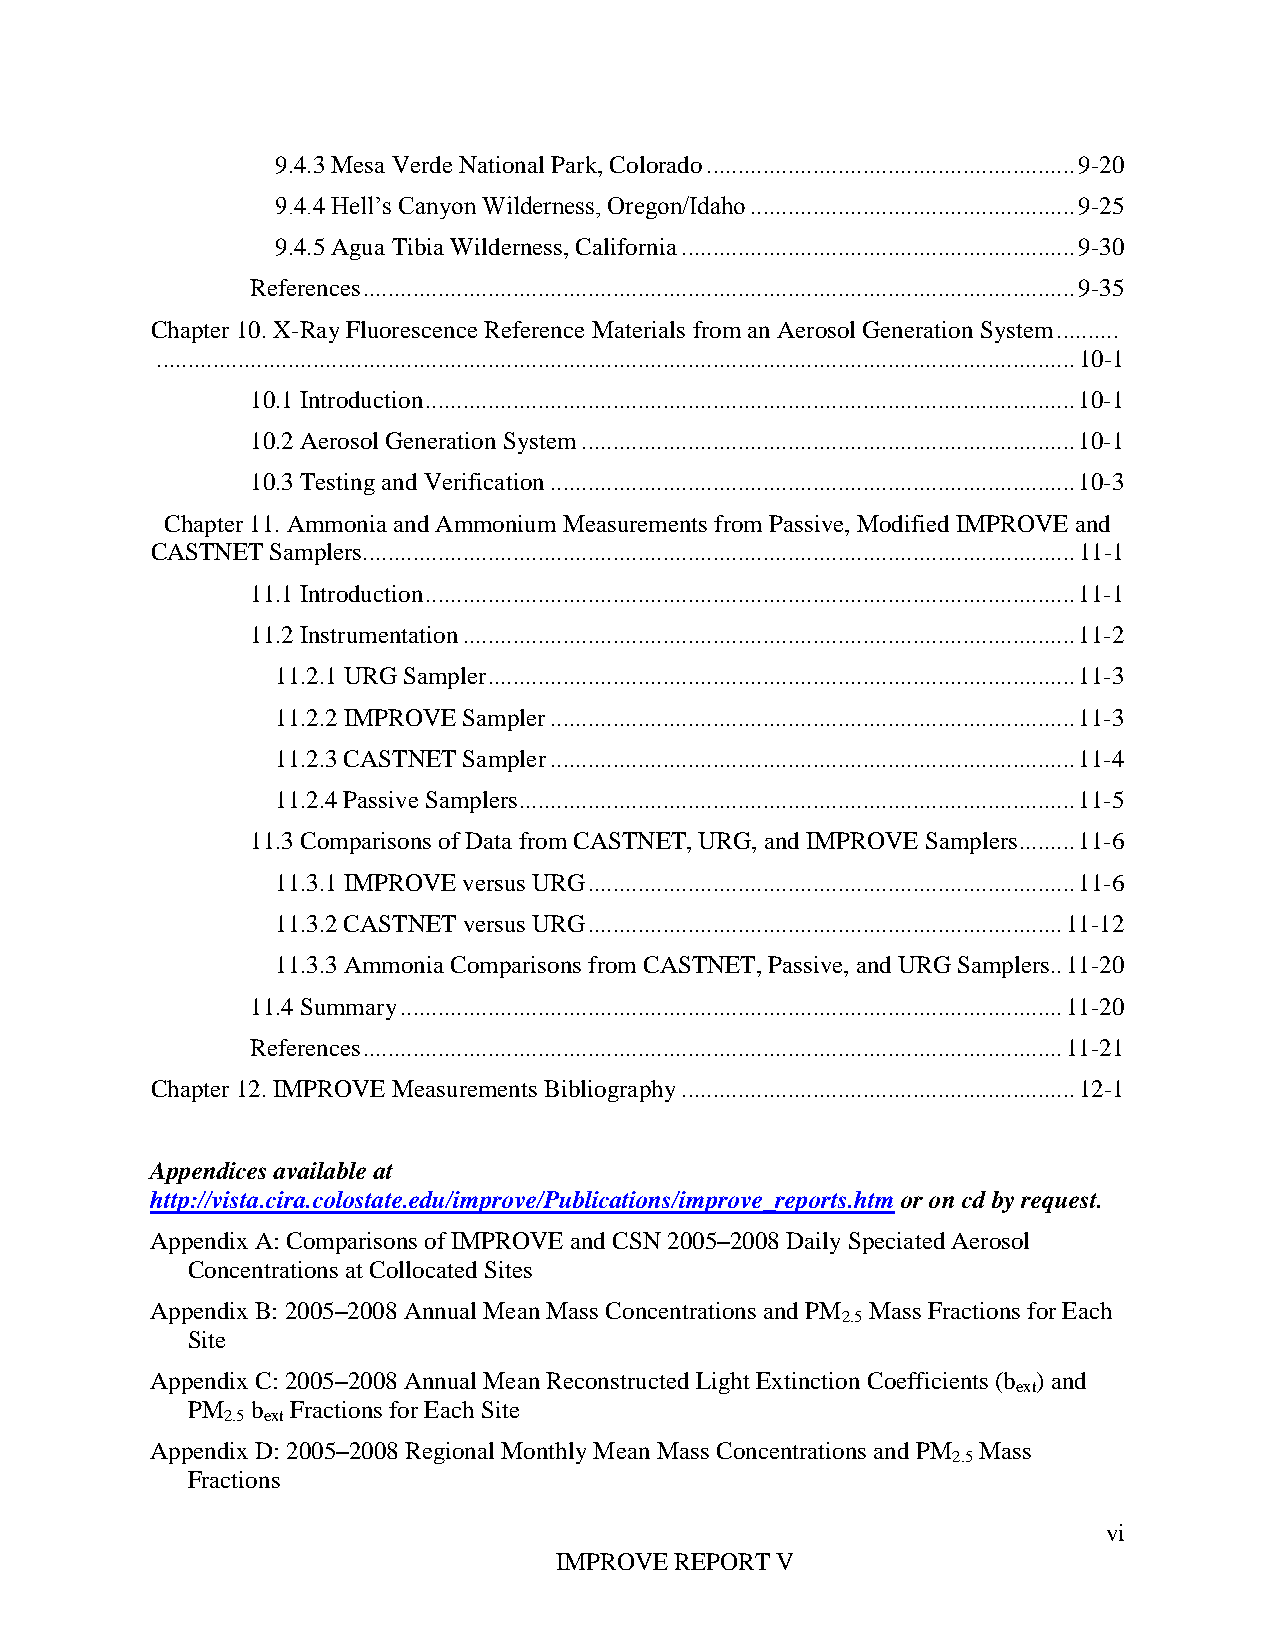
9.4.3 Mesa Verde National Park, Colorado ........................................................... 9-20
 9.4.4 Hell’s Canyon Wilderness, Oregon/Idaho .................................................... 9-25
 9.4.5 Agua Tibia Wilderness, California ............................................................... 9-30
 References .................................................................................................................. 9-35
 Chapter 10. X-Ray Fluorescence Reference Materials from an Aerosol Generation System ..........
 ................................................................................................................................................... 10-1
 10.1 Introduction ........................................................................................................ 10-1
 10.2 Aerosol Generation System ............................................................................... 10-1
 10.3 Testing and Verification .................................................................................... 10-3
 Chapter 11. Ammonia and Ammonium Measurements from Passive, Modified IMPROVE and
 CASTNET Samplers. ................................................................................................................. 11-1
 11.1 Introduction ........................................................................................................ 11-1
 11.2 Instrumentation .................................................................................................. 11-2
 11.2.1 URG Sampler .............................................................................................. 11-3
 11.2.2 IMPROVE Sampler .................................................................................... 11-3
 11.2.3 CASTNET Sampler .................................................................................... 11-4
 11.2.4 Passive Samplers ......................................................................................... 11-5
 11.3 Comparisons of Data from CASTNET, URG, and IMPROVE Samplers ......... 11-6
 11.3.1 IMPROVE versus URG .............................................................................. 11-6
 11.3.2 CASTNET versus URG ............................................................................ 11-12
 11.3.3 Ammonia Comparisons from CASTNET, Passive, and URG Samplers.. 11-20
 11.4 Summary .......................................................................................................... 11-20
 References ................................................................................................................ 11-21
 Chapter 12. IMPROVE Measurements Bibliography ............................................................... 12-1
 Appendices available at
 http://vista.cira.colostate.edu/improve/Publications/improve_reports.htm or on cd by request.
 Appendix A: Comparisons of IMPROVE and CSN 2005–2008 Daily Speciated Aerosol
 Concentrations at Collocated Sites
 Appendix B: 2005–2008 Annual Mean Mass Concentrations and PM Mass Fractions for Each
 2.5
 Site
 Appendix C: 2005–2008 Annual Mean Reconstructed Light Extinction Coefficients (b ) and
 ext
 PM   b Fractions for Each Site
 2.5 ext
 Appendix D: 2005–2008 Regional Monthly Mean Mass Concentrations and PM Mass
 2.5
 Fractions
 vi
 IMPROVE REPORT V